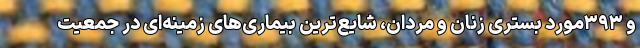
و ۳۹۳مورد بستری زنان و مردان، شایع‌ترین بیماری‌های زمینه‌ای در جمعیت